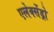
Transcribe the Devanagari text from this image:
एलेक्सेंड्रो